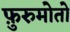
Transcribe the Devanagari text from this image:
फ़ुरुमोतो